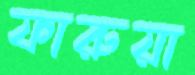
ফারুয়া